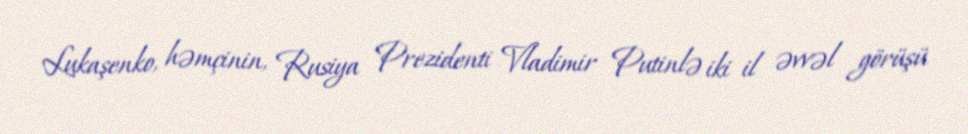
Lukaşenko, həmçinin, Rusiya Prezidenti Vladimir Putinlə iki il əvvəl görüşü